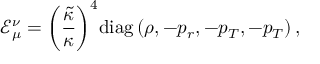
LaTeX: { { \mathcal { E } } _ { \mu } ^ { \nu } } = { { \left( { \frac { \tilde { \kappa } } { \kappa } } \right) } ^ { 4 } } \mathrm { d i a g } \left( \rho , - { p _ { r } } , - { p _ { T } } , - { p _ { T } } \right) ,